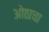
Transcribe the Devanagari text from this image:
ओठाचा